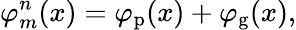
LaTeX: \varphi_{m}^{n}(x)=\varphi_{\mathrm{p}}(x)+\varphi_{\mathrm{g}}(x),